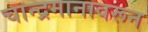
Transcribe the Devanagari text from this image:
चान्द्रमानावरून